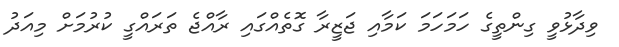
ވިދާޅުވީ ގިންތީގެ ހަމަހަމަ ކަމާއި ޖަޒީރާ ގޮތެއްގައި ރާއްޖެ ތަރައްގީ ކުރުމަށް މިއަދު